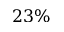
2 3 \%